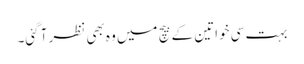
بہت سی خواتین کے بیچ میں وہ بھی نظر آ گئی۔